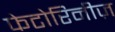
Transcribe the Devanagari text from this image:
फेटोरिनीज़